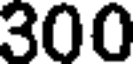
300